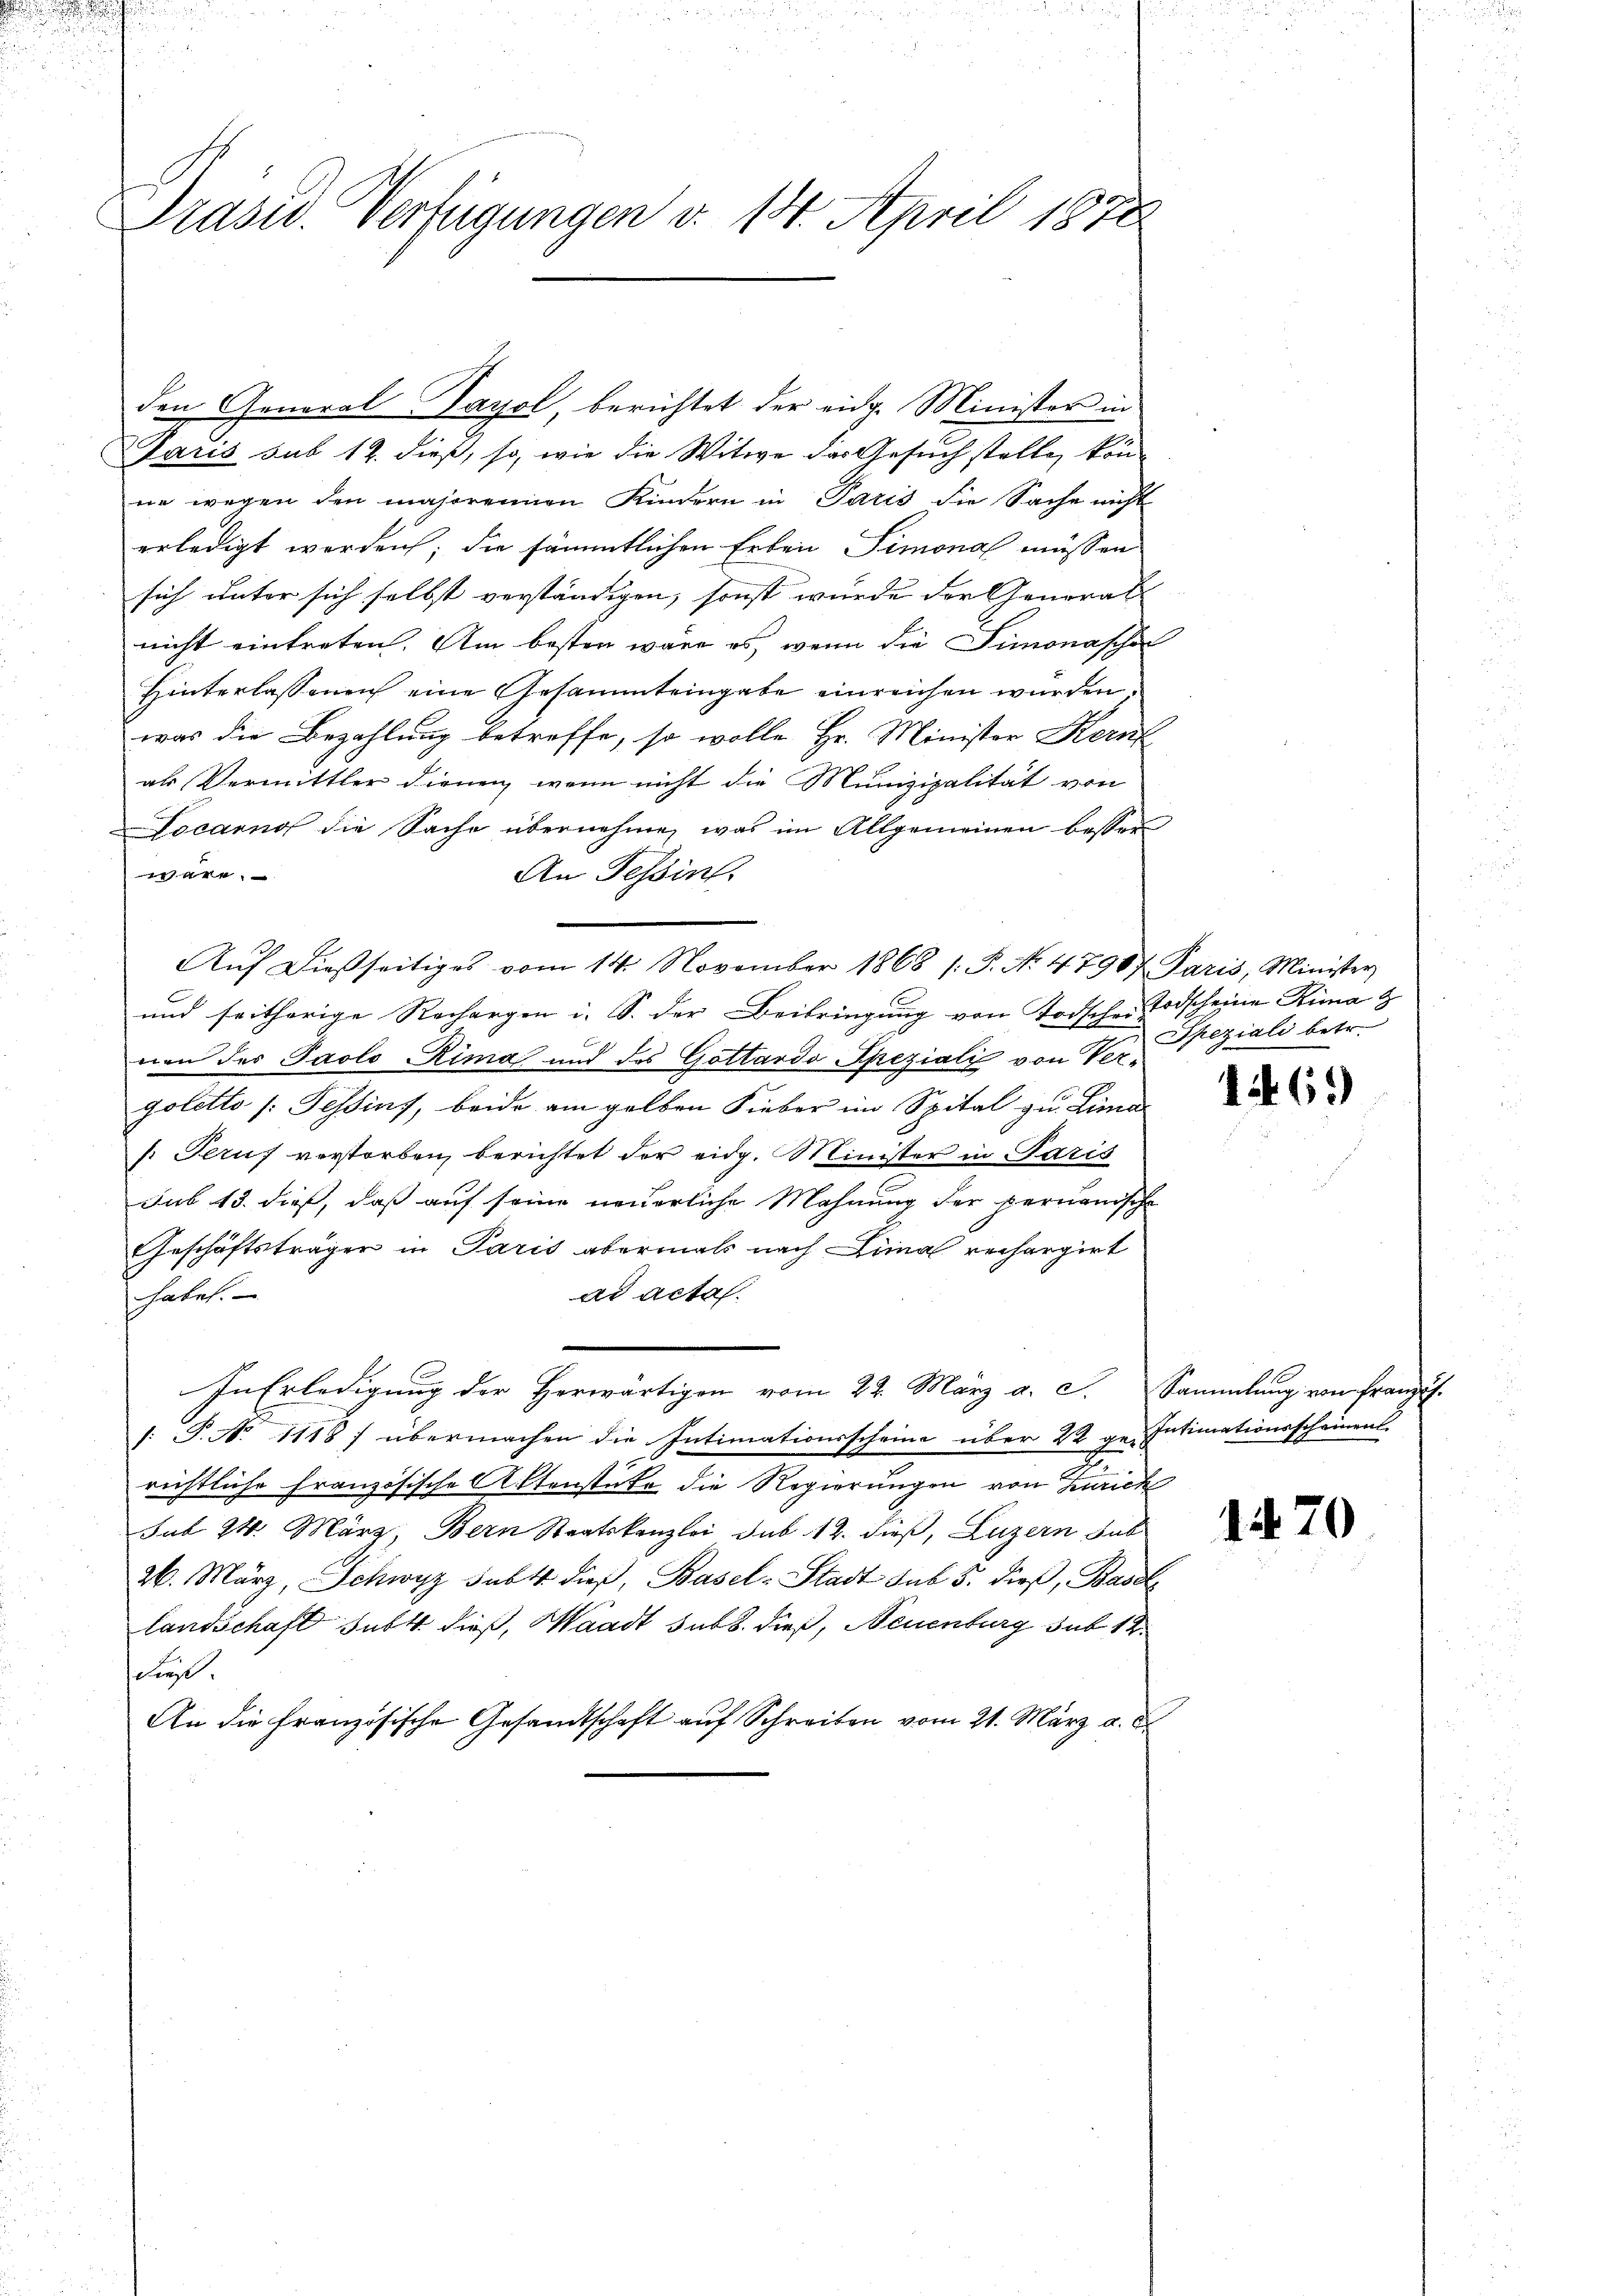
d

u

2
Prasw. Verfügungen v. 14. April 1878

den General-Tayol, berichtet der eidg. Minister in
Paris sub 12. dieß, so, wie die Witwe das Gesuch stelle, kön¬

ne wegen den majorennen Kindern in Paris die Sache nicht
erledigt werden; die sämmtlichen Erben Simonal müssen
sich unter sich selbst verständigen, sonst wurde der General
nicht eintreten. Am besten wäre es, wenn die Simonaschen
Hinterlassenen eine Gesammteingabe einreichen wurden,
was die Bezahlung betreffe, so wolle Hr. Minister Kern
al Vermittler dienen, wenn nicht die Munizipalität von
Locarno die Sache übernehme, was im Allgemeinen besser
ere
An Tessin.
Auf dießseitiges vom 14. November 1868 /: P. No. 47907 Paris, Minister
und seitherige Rechargen i. S. der Beibringung von Todschen Todscheine Rina &
nen des Paolo Rima und des Gottardo Speziali von Vergoletto (Tessins, beide am gelben Fieber im Spital zu Lima
s: Peruf vorstorben, berichtet der eidg. Minister in Paris
sub 13. dieß, daß auf seine neuerliche Mahnung der permanische
Geschäftsträger in Paris abermals nach Limal rechargirt
haben.
ad acta.
In Erledigung der Herwärtigen vom 22. März a. c.
 P. No 1118) übermachen die Intimationsscheine über 22 ge-Intimationsscheinent.
e
richtliche Französische Aktenstüke die Regierungen von Zürich
sub 24. März, Bern Staatskanzlei sub. 12. dieß, Luzern sub
26. März, Schwyz subt dieß, Basel-Stadt sub 5. dieβ, Basel
landschaft subt dieß, Waadt sub b. dieß, Neuenburg sub 14
die.
An die Französische Gesandtschaft auf Schreiben vom 21. März a. d.

Speziali betr.

.

161)

Sammlung von Franzis

1470

.